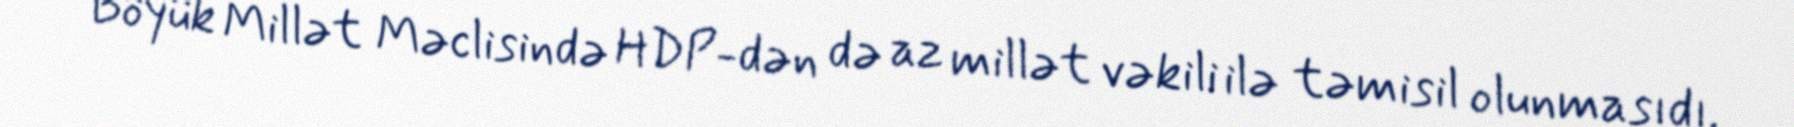
Böyük Millət Məclisində HDP-dən də az millət vəkili ilə təmisil olunmasıdı.